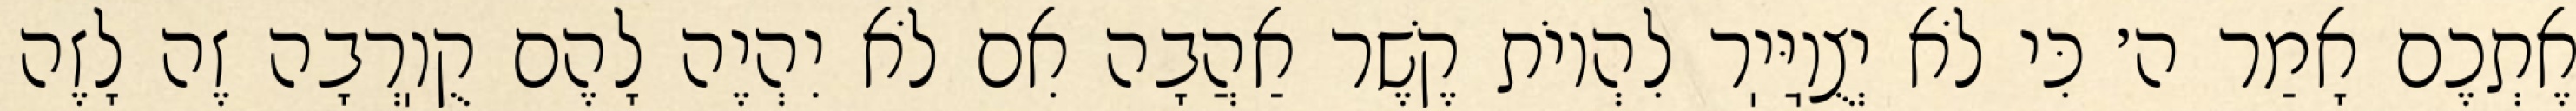
אֶתְכֶם אָמַר ה׳ כִּי לֹא יְצֻוֽיַּיֽר לִהְיוֹת קֶשֶׁר אַהֲבָה אִם לֹא יִהְיֶה לָהֶם קֻוֽרְבָה זֶה לָזֶה